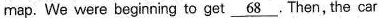
map. We were beginning to get \underline{68}. Then, the car